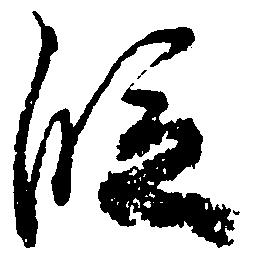
段